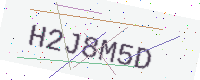
Text: H2J8M5D